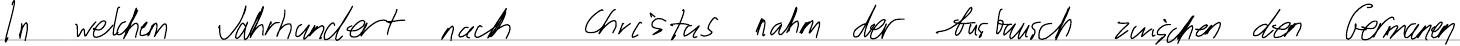
In welchem Jahrhundert nach Christus nahm der Austausch zwischen den Germanen